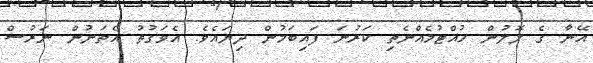
އޭނާ ގެ ލޮލުން ހުއްޓުމެއްނެތި ކަރުނަ ފައިބަމުން ދިޔައެވެ. އެވަގުތު އެތަނުން ނަރުސް